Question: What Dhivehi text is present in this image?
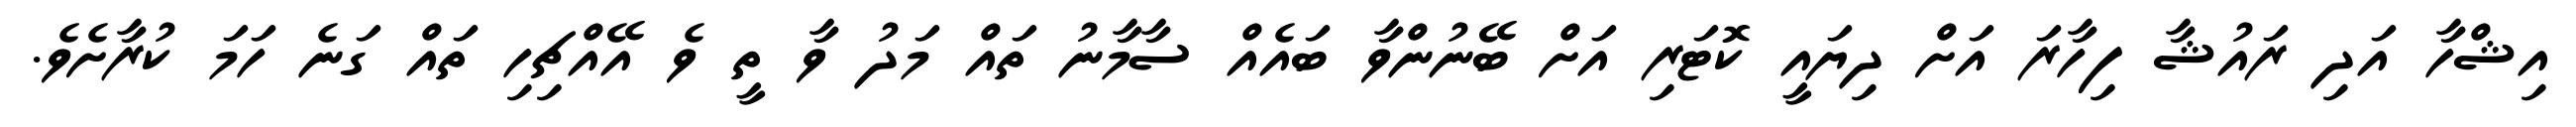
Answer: އިޝްހާ އަދި ރައުޝާ ފިހާރަ އަށް ދިޔައީ ކޮޓަރި އަށް ބޭނުންވާ ބައެއް ސާމާނު ތައް މަދު ވާ ތީ ވެ އޭއްޗިހި ތައް ގަނެ ހަމަ ކުރާށެވެ.